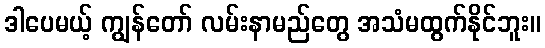
ဒါပေမယ့် ကျွန်တော် လမ်းနာမည်တွေ အသံမထွက်နိုင်ဘူး။